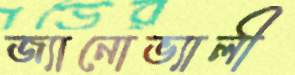
জ্যানোভ্যালী